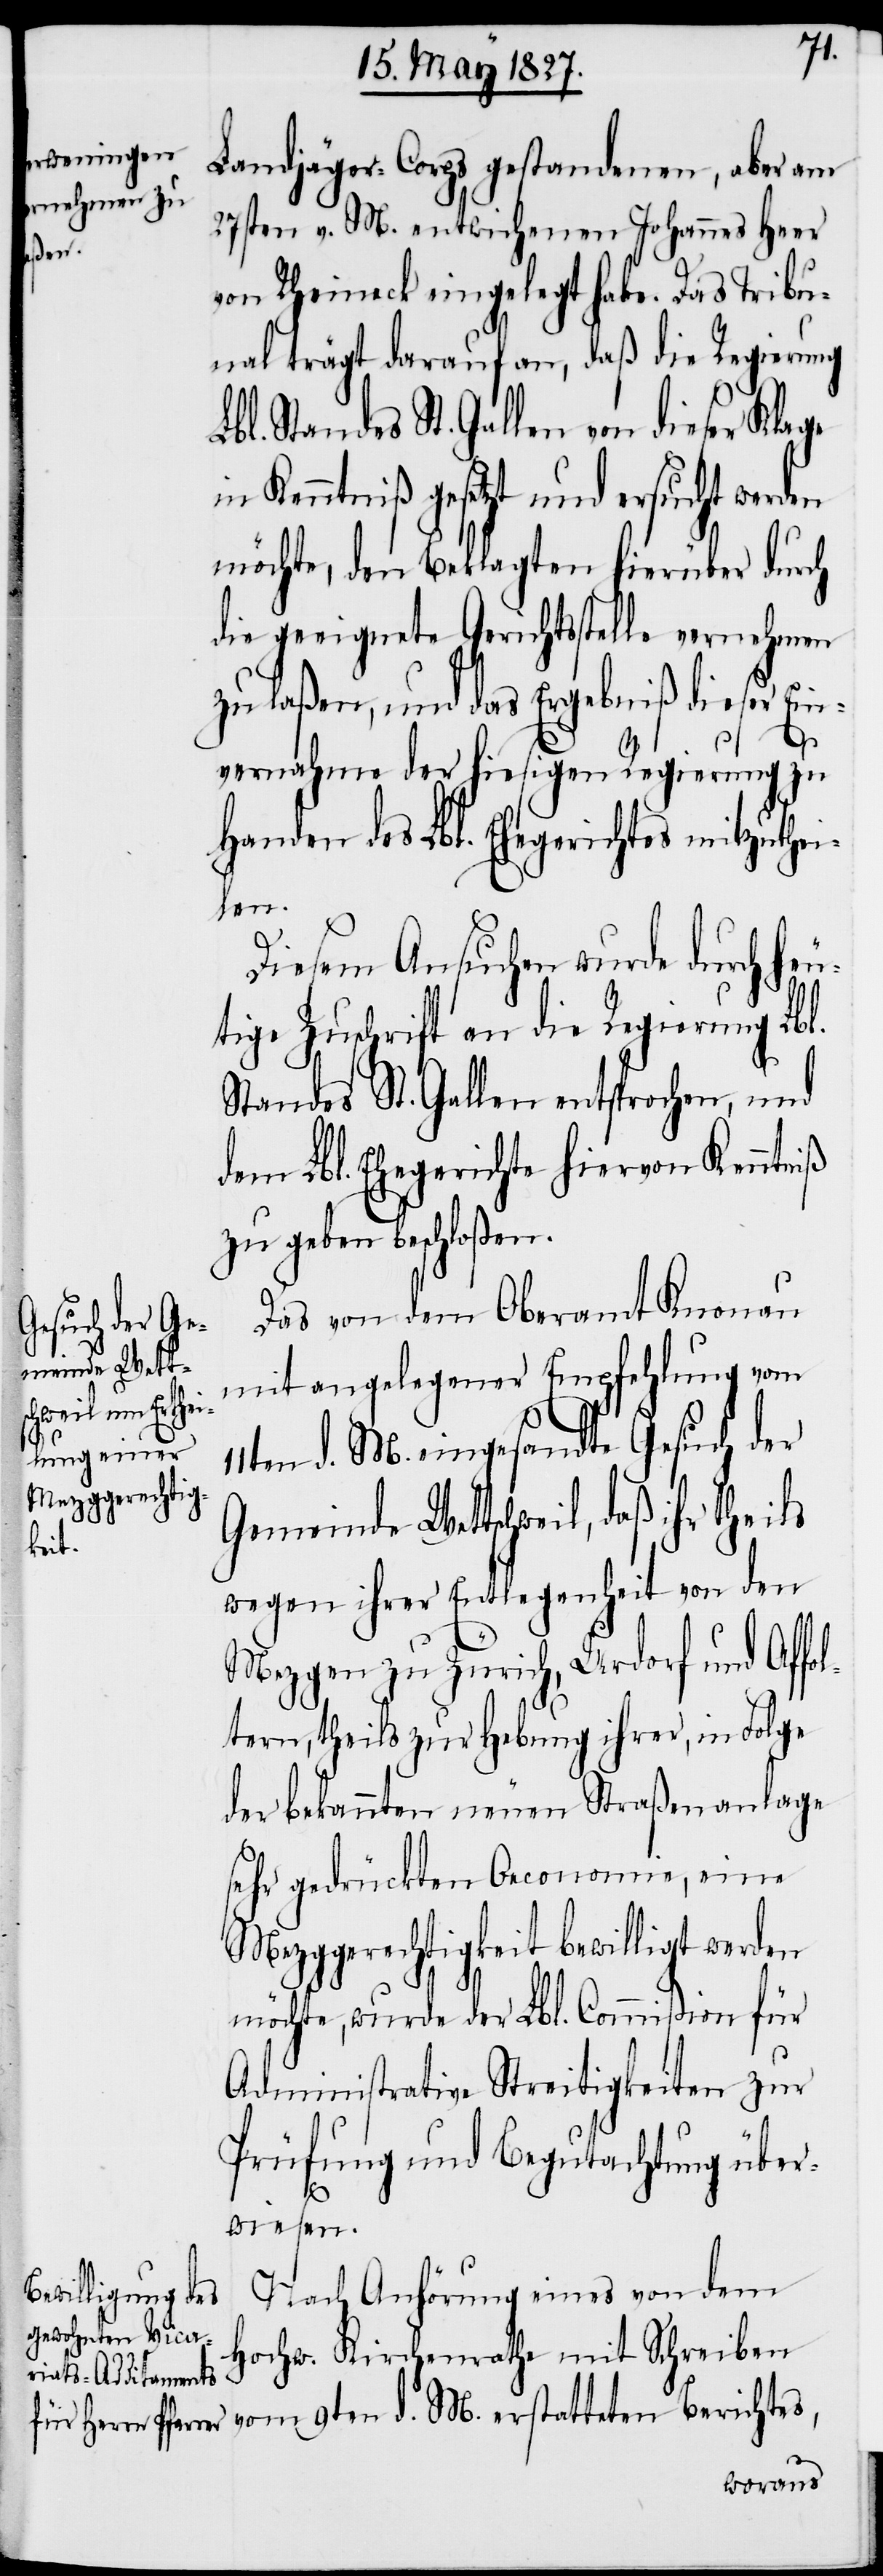
Landjäger-Corps gestandenen, aber am
27sten v. M. entwichenen Johannes Heer
von Rheineck eingelegt habe. Das Tribu¬
nal trägt darauf an, daß die Regierung
Lbl. Standes St. Gallen von dieser Klage
in Kenntniß gesetzt und ersucht werden
möchte, den Beklagten hierüber durch
die geeignete Gerichtsstelle vernehmen
zu laßen, und das Ergebniß dieser Ein¬
vernahme der hiesigen Regierung zu
Handen des Lbl. Ehegerichtes mitzuthei¬
len.
Diesem Ansuchen wurde durch heu¬
tige Zuschrift an die Regierung Lbl.
Standes St. Gallen entsprochen, und
dem Lbl. Ehegerichte hiervon Kenntniß
zu geben beschloßen.
Das von dem Oberamt Knonau
mit angelegener Empfehlung vom
11ten d. M. eingesandte Gesuch der
Gemeinde Wettschweil, daß ihr
wegen ihrer Entlegenheit von den
Mezgen zu Zürich, Urdorf und Affo¬
ltern, theils zur Hebung ihrer, in Folge
der bekannten neuen Straßenanlage
sehr gedrückten Oeconomie, eine
Mezggerechtigkeit bewilligt werden
möchte, wurde der Lbl. Commißion für
Administrative Streitigkeiten zur
Prüfung und Begutachtung über¬
wiesen.
Nach Anhörung eines von dem
Hochw. Kirchenrathe mit Schreiben
vom 9ten d. M. erstatteten Berichtes,